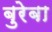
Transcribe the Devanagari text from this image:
बुरेबा